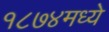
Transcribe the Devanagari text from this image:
१८७४मध्ये